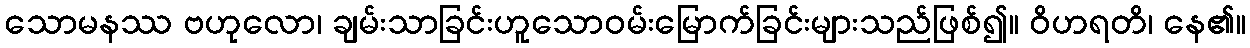
သောမနဿ ဗဟုလော၊ ချမ်းသာခြင်းဟူသောဝမ်းမြောက်ခြင်းများသည်ဖြစ်၍။ ဝိဟရတိ၊ နေ၏။